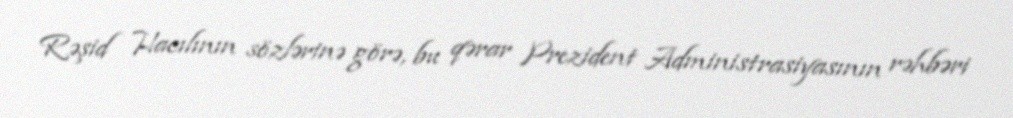
Rəşid Hacılının sözlərinə görə, bu qərar Prezident Administrasiyasının rəhbəri